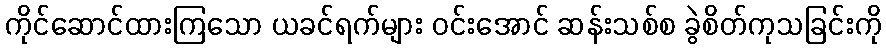
ကိုင်ဆောင်ထားကြသော ယခင်ရက်များ ဝင်းအောင် ဆန်းသစ်စ ခွဲစိတ်ကုသခြင်းကို